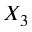
X _ { 3 }